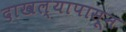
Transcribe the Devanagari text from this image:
दाखल्यापासून